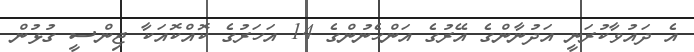
އެ ދައުވާކުރަނީ އަދުނާންގެ އޭރުގެ އަންހެނުންގެ 14 އަހަރުގެ ކޮއްކޮއަކާ ޖިންސީ ގުޅުން